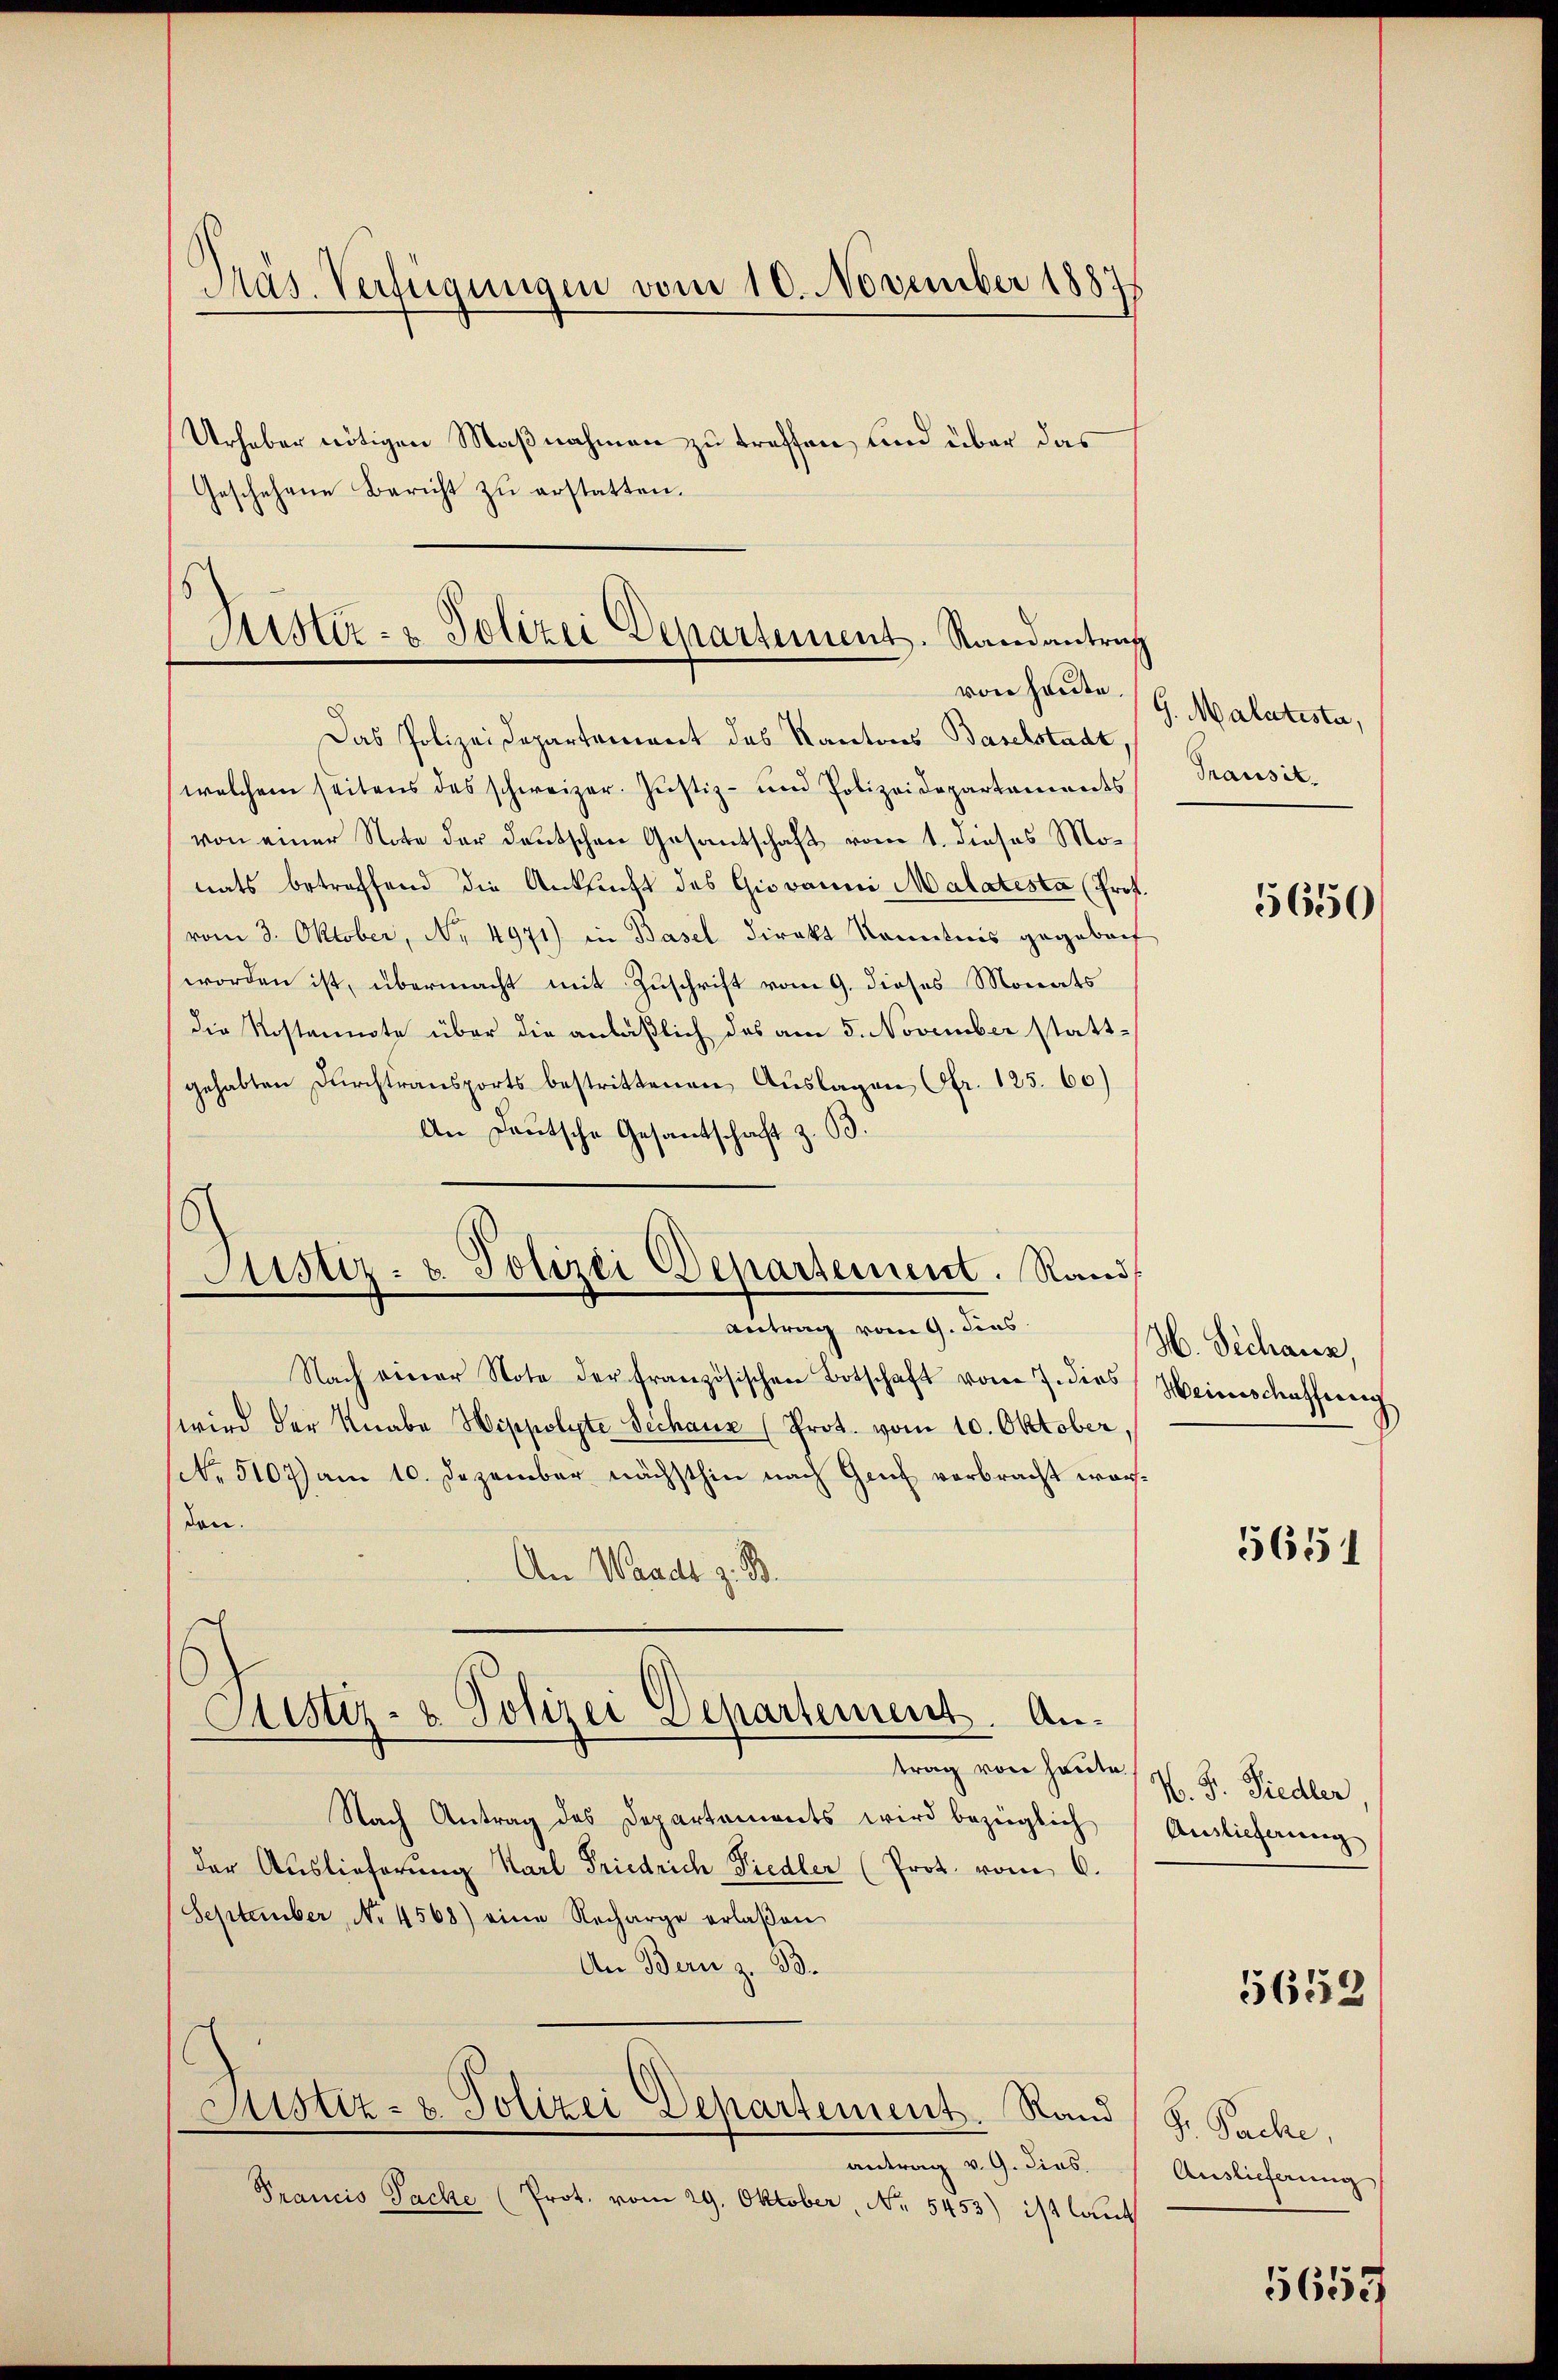
Urheber nötigen Maßnahmen zu treffen, und über das
Geschehene Bericht zu erstatten.

Präs. Verfügungen vom 10. November 1887

s
Justiz- & Polizei Departement. Randantrag
von heute.

Das Polizeidepartement des Kantons Baselstadt,
welchem seitens des schweizer. Justiz- und Polizeidepartaments
von einer Note der deutschen Gesantschaft vom 1. dieses Monats betreffend die Ansucht des Giovanni Malatesta (Prot
vom 3. Oktober, No. 4971) in Basel direkt Kenntnis gegeben
worden ist, übermacht mit Zuschrift vom 9. dieses Monats
die Kostennote über die anläßlich des am 5. November stattgehabten Durchtransports bestrittenen Auslagen Ofr. 125. 60)
An Deutsche Gesantschaft z. B.
Antrag vom 9. dies
Nach einer Note der französischen Botschaft vom 7. dies
wird der Knabe Hippolyte Sichaus (Prot. vom 10. Oktober,
(No. 5107) am 10. Dezember nächsthin nach Genf verbracht war
den.
An Waadt z. B.
Sistiz- & Polizei Departement. Antrag von heute.
Nach Antrag des Departements wird bezüglich
der Auslieferung Karl Friedrich Fiedler (Prot. vom 6.
September, No 4568) eine Recharge erlaβen
An Bern z. B.
Justiz- & Polizei Departement. Rand
antrag v. 9. dies.
Prancis Packe (Prot. vom 29. Oktober, No. 5453) ist laut

6
Justiz- u. Polizei Departement. Rand

G. Malatista,
Transit.

5650

H. Sechanz,
Weinschaffung

5651

K. Fr. Siedler
Auslieferung

5658

S. Pache,
Auslieferung

5653